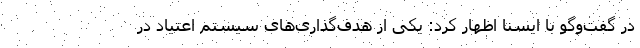
در گفت‌وگو با ایسنا اظهار کرد: یکی از هدف‌گذاری‌های سیستم اعتیاد در